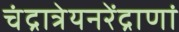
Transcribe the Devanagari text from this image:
चंद्रात्रेयनरेंद्राणां